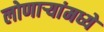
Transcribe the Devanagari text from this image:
लोणार्‍यांमध्ये